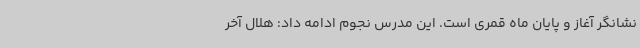
نشانگر آغاز و پایان ماه قمری است. این مدرس نجوم ادامه داد: هلال آخر